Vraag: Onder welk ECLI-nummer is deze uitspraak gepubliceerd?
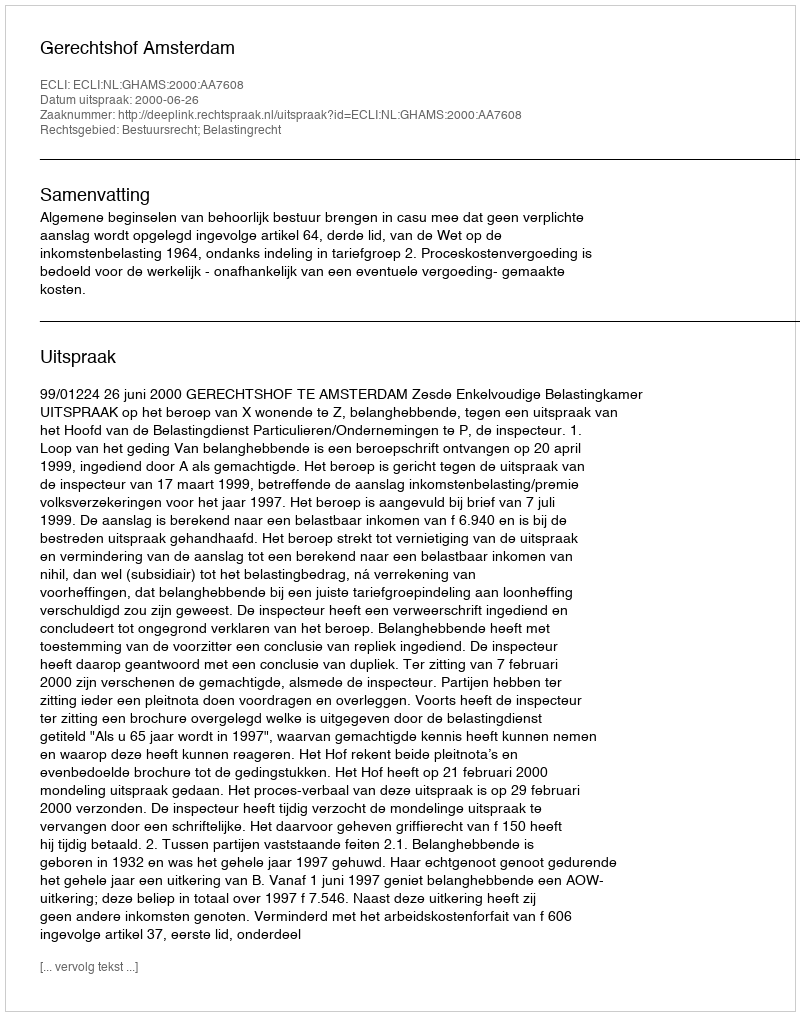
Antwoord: ECLI:NL:GHAMS:2000:AA7608